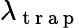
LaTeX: \lambda_{\mathrm{~t~r~a~p~}}